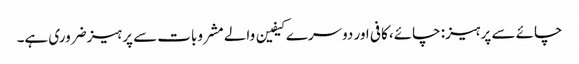
چائے سے پرہیز: چائے، کافی اور دوسرے کیفین والے مشروبات سے پرہیز ضروری ہے۔